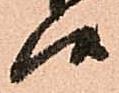
候